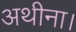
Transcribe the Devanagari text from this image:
अथीना।